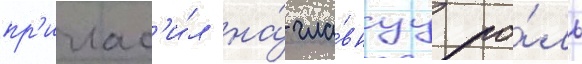
пр'иглас'и́л на́ гла́внуу ро́ль